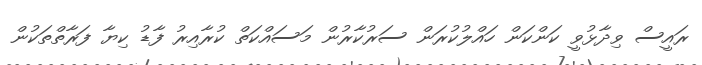
ރައީސް ވިދާޅުވީ ކަންކަން ހައްލުކުރަން ސަރުކާރުން މަސައްކަތް ކުރާއިރު ފާޑު ކިޔާ ފަރާތްތަކުން